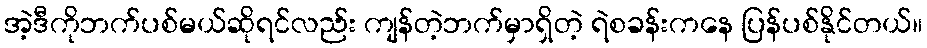
အဲ့ဒီကိုဘက်ပစ်မယ်ဆိုရင်လည်း ကျန်တဲ့ဘက်မှာရှိတဲ့ ရဲစခန်းကနေ ပြန်ပစ်နိုင်တယ်။